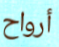
أرواح